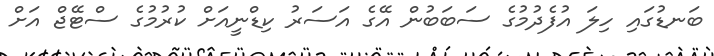
ބަނޑުގައި ހިލަ އުފެދުމުގެ ސަބަބުން އޭގެ އަސަރު ކިޑްނީއަށް ކުރުމުގެ ސްޓޭޖް އަށް